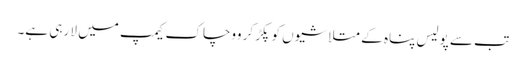
تب سے پولیس پناہ کے متلاشیوں کو پکڑ کر ووچاک کیمپ میں لا رہی ہے۔